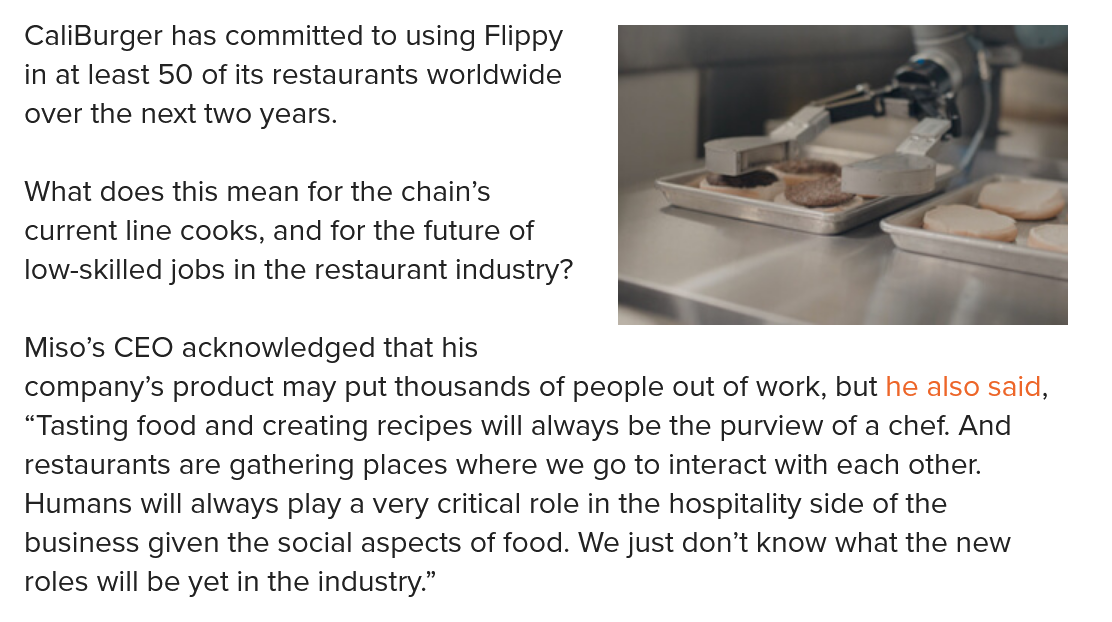
CaliBurger has committed to using Flippy
  in at least 50 of its restaurants worldwide
  over the next two years.
  What does this mean for the chain’s
  current line cooks, and for the future of
  low-skilled jobs in the restaurant industry?
  Miso’s CEO acknowledged that his
  company’s product may put thousands of people out of work, but he also said,
  “Tasting food and creating recipes will always be the purview of a chef. And
  restaurants are gathering places where we go to interact with each other.
  Humans will always play a very critical role in the hospitality side of the
  business given the social aspects of food. We just don’t know what the new
  roles will be yet in the industry.”